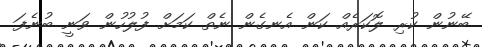
ބޭނުން ކުރި ލޮކަރެއް ކަން އެނގެން ނެތް ކަމަށް ފުލުހުން ވަނީ ބުނެފަ